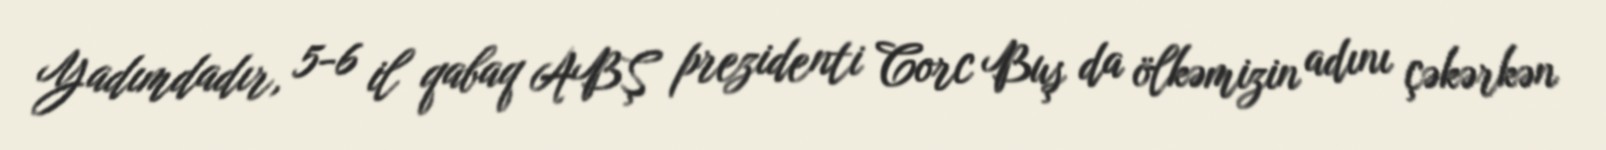
Yadımdadır, 5-6 il qabaq ABŞ prezidenti Corc Buş da ölkəmizin adını çəkərkən